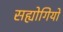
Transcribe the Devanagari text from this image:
सह्योगियो